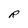
Character: R